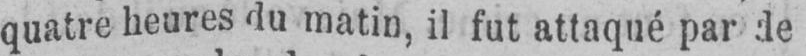
quatre heures du matin, il fut attaqué par de